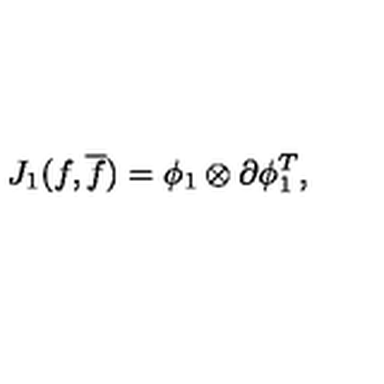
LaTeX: J _ { 1 } ( f , { \overline { f } } ) = { \phi } _ { 1 } \otimes { \partial } { \phi } _ { 1 } ^ { T } ,